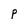
Character: P